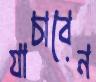
যাচাবেন